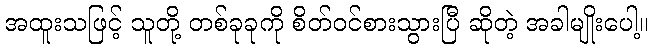
အထူးသဖြင့် သူတို့ တစ်ခုခုကို စိတ်ဝင်စားသွားပြီ ဆိုတဲ့ အခါမျိုးပေါ့။